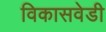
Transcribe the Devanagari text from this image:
विकासवेडी